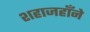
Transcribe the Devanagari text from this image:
शहाजहाँने